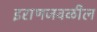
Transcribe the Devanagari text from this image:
इराणजवळील